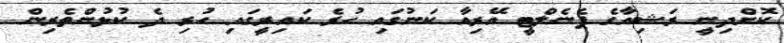
ކޮށްދިނީ ރަޝިއާގެ ޕެނެލްޓީ އޭރިއާ ކަނުގައި ހުރެ ކައިރީގައި ހުރި ދެ ކުޅުންތެރިން